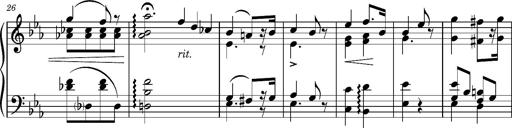
Title: Andantino pour Emile et Charlotte Loudon
Composer: Franz Liszt
Key: E-flat major